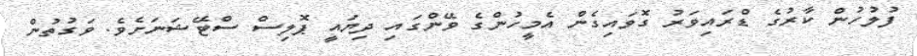
ފުލުހުން ކާރުގެ ޑްރައިވަރު ގޮވައިގެން އެމީހުންގެ ވޭންގައި ދިޔައީ ޕޮލިސް ސްޓޭޝަނަށެވެ. ވަގުތުން